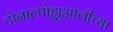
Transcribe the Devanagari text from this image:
टोनाल्पोह्युआलीच्या